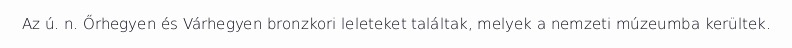
Az ú. n. Őrhegyen és Várhegyen bronzkori leleteket találtak, melyek a nemzeti múzeumba kerültek.